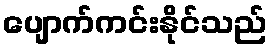
ပျောက်ကင်းနိုင်သည်